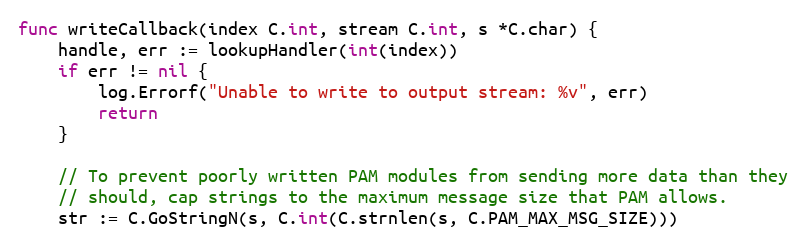
Language: Go
func writeCallback(index C.int, stream C.int, s *C.char) {
	handle, err := lookupHandler(int(index))
	if err != nil {
		log.Errorf("Unable to write to output stream: %v", err)
		return
	}

	// To prevent poorly written PAM modules from sending more data than they
	// should, cap strings to the maximum message size that PAM allows.
	str := C.GoStringN(s, C.int(C.strnlen(s, C.PAM_MAX_MSG_SIZE)))